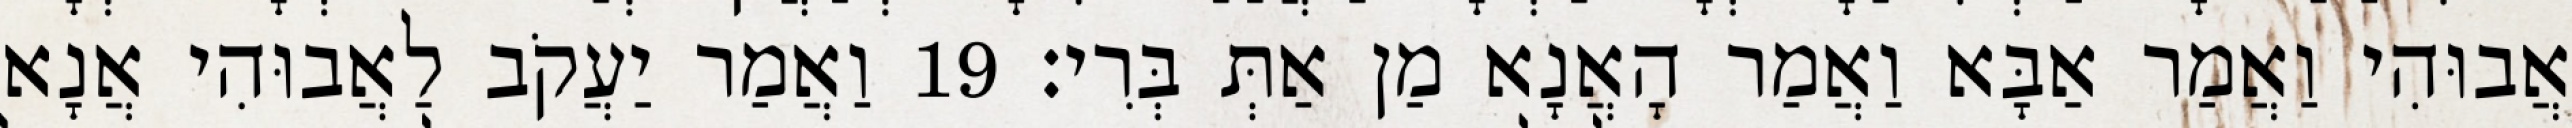
אֲבוּהִי וַאֲמַר אַבָּא וַאֲמַר הָאֲנָא מַן אַתְּ בְּרִי׃ 19 וַאֲמַר יַעֲקֹב לַאֲבוּהִי אֲנָא